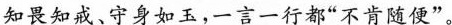
知畏知成、守身如三，一言一行都“不肯随便”。